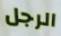
الرجل